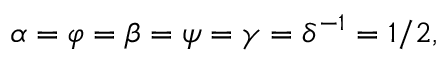
\alpha = \varphi = \beta = \psi = \gamma = \delta ^ { - 1 } = 1 / 2 ,